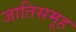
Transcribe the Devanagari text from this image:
जातिसमूह